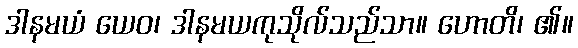
ဒါနမယံ ယေဝ၊ ဒါနမယကုသိုလ်သည်သာ။ ဟောတိ၊ ၏။